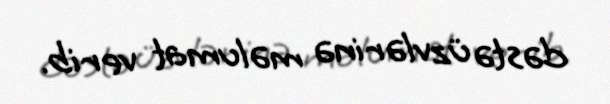
dəstə üzvlərinə məlumat verib.